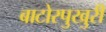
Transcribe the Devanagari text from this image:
बाटोरपुखुरी